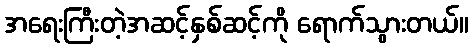
အရေးကြီးတဲ့အဆင့်နှစ်ဆင့်ကို ရောက်သွားတယ်။